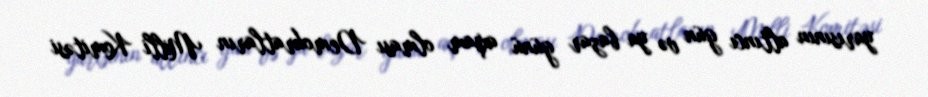
yarısının altıncı gün və ya bazar günü axşam olması Demokratların Milli Komitəsi